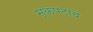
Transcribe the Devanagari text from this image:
मूकपटांचे